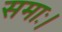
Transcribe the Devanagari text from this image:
समाः।